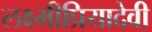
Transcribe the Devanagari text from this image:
लक्ष्मीप्रियादेवी